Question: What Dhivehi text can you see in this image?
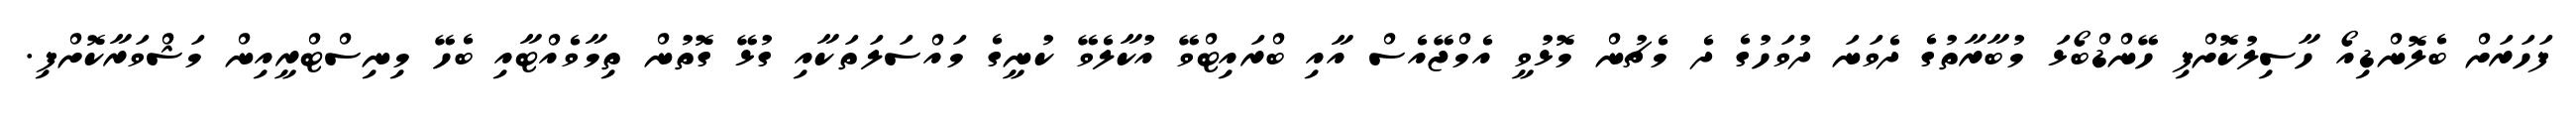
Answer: ފަހަރަށް ބެލޮންޑިއޯ ހާސިލުކޮށްފި ހޭންޑްބޯޅަ މުބާރާތުގެ ދެވަނަ ދުވަހުގެ ދެ މެޗުން މޮޅުވީ އެމްޖޭއެސް އާއި ބްރައިޓްވޭ އުކާލެވޭ ކުނީގެ މައްސަލަތަކާއި ގުޅޭ ގޮތުން ތިމާވެއްޓާއި ބެހޭ މިނިސްޓްރީއިން މަޝްވަރާކޮށްފި.